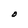
Character: O